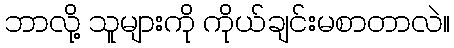
ဘာလို့ သူများကို ကိုယ်ချင်းမစာတာလဲ။